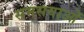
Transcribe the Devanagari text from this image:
समसयाओं